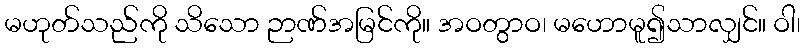
မဟုတ်သည်ကို သိသော ဉာဏ်အမြင်ကို။ အဝတွာဝ၊ မဟောမူ၍သာလျှင်။ ဝါ၊